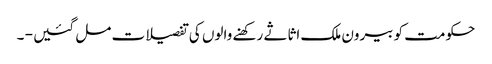
حکومت کو بیرون ملک اثاثے رکھنے والوں کی تفصیلات مل گئیں - ۔